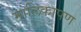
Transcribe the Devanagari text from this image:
मालिकापण